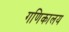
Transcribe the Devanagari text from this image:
गणिकालय